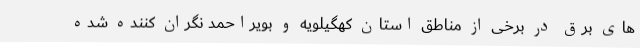
های برق در برخی از مناطق استان کهگیلویه و بویراحمد نگران کننده شده